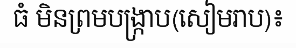
ធំ មិនព្រមបង្ក្រាប(សៀមរាប)៖